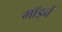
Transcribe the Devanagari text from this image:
मॉर्ड्न